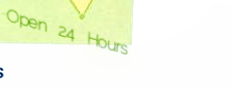
Open 24 Hours